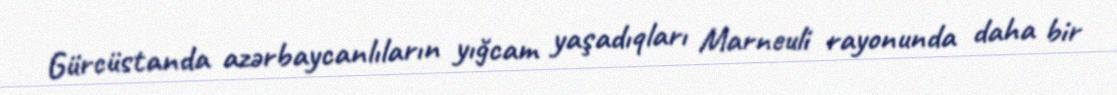
Gürcüstanda azərbaycanlıların yığcam yaşadıqları Marneuli rayonunda daha bir